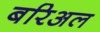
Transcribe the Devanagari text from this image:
बरिअल